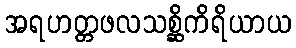
အရဟတ္တဖလသစ္ဆိကိရိယာယ